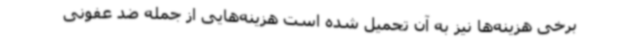
برخی هزینه‌ها نیز به آن تحمیل شده است هزینه‌هایی از جمله ضد عفونی